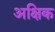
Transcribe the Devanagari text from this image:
अक्षिक